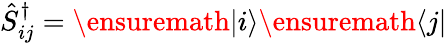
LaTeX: \hat{S}_{ij}^{\dagger}=\ensuremath{\left|i\right\rangle}\ensuremath{\left\langle j\right|}